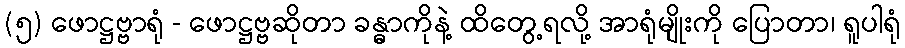
(၅) ဖောဋ္ဌဗ္ဗာရုံ - ဖောဋ္ဌဗ္ဗဆိုတာ ခန္ဓာကိုနဲ့ ထိတွေ့ရလို့ အာရုံမျိုးကို ပြောတာ၊ ရူပါရုံ